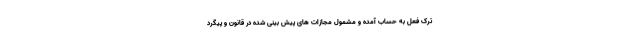
ترک فعل به حساب آمده و مشمول مجازات های پیش بینی شده در قانون و پیگرد